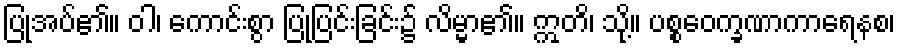
ပြုအပ်၏။ ဝါ၊ ကောင်းစွာ ပြုပြင်းခြင်း၌ လိမ္မာ၏။ ဣတိ၊ သို့။ ပစ္စဝေက္ခဏာကာရေနစ၊